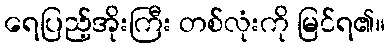
ရေပြည့်အိုးကြီး တစ်လုံးကို မြင်ရ၏။